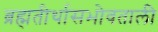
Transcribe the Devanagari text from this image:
ब्रह्मतीर्थासभोवताली